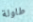
طاولة